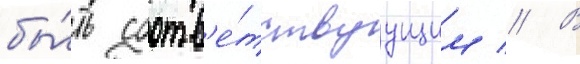
бы́ть соотв'е́тствуущим // В